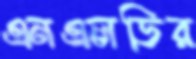
এনএলডির